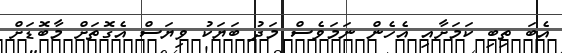
އެބަ ތިބި ކަމަށާއި އެހެން ނަމަވެސް މަދު ބަޔަކު ވިޔަސް އެގޮތަށް މާބޮޑަށް